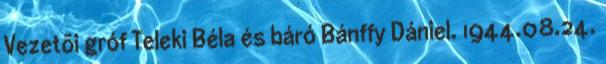
Vezetõi gróf Teleki Béla és báró Bánffy Dániel. 1944.08.24.